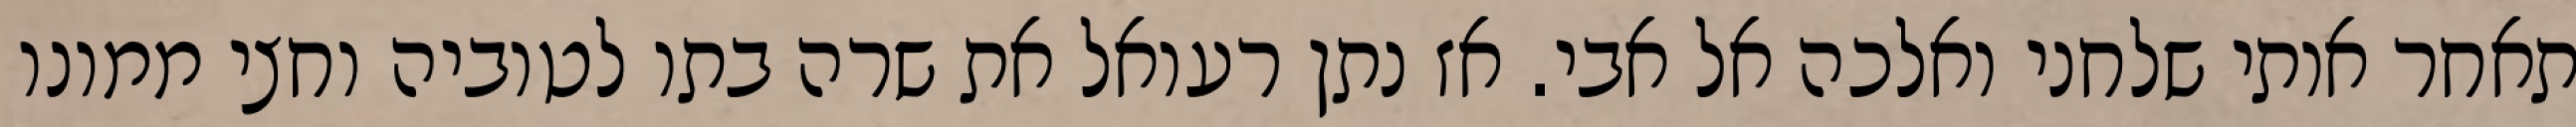
תאחר אותי שלחני ואלכה אל אבי. אז נתן רעואל את שרה בתו לטוביה וחצי ממונו